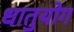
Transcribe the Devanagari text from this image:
धातुयोग